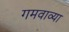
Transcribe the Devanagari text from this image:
गमवाव्या